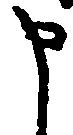
申